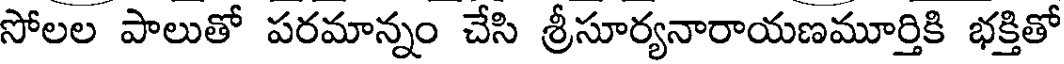
సోలల పాలుతో పరమాన్నం చేసి శ్రీసూర్యనారాయణమూర్తికి భక్తితో